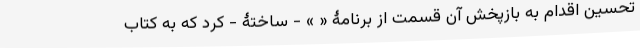
تحسین اقدام به بازپخش آن قسمت از برنامۀ « » - ساختۀ - کرد که به کتاب